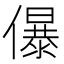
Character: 儤